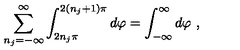
\sum _ { n _ { j } = - \infty } ^ { \infty } \int _ { 2 n _ { j } \pi } ^ { 2 \left( n _ { j } + 1 \right) \pi } d \varphi = \int _ { - \infty } ^ { \infty } d \varphi \ ,